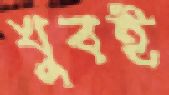
খুবই